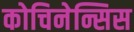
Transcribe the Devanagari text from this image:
कोचिनेन्सिस